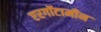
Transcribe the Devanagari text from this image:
एरगॉटामीन